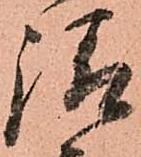
請